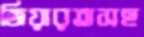
জিয়ারতসহ